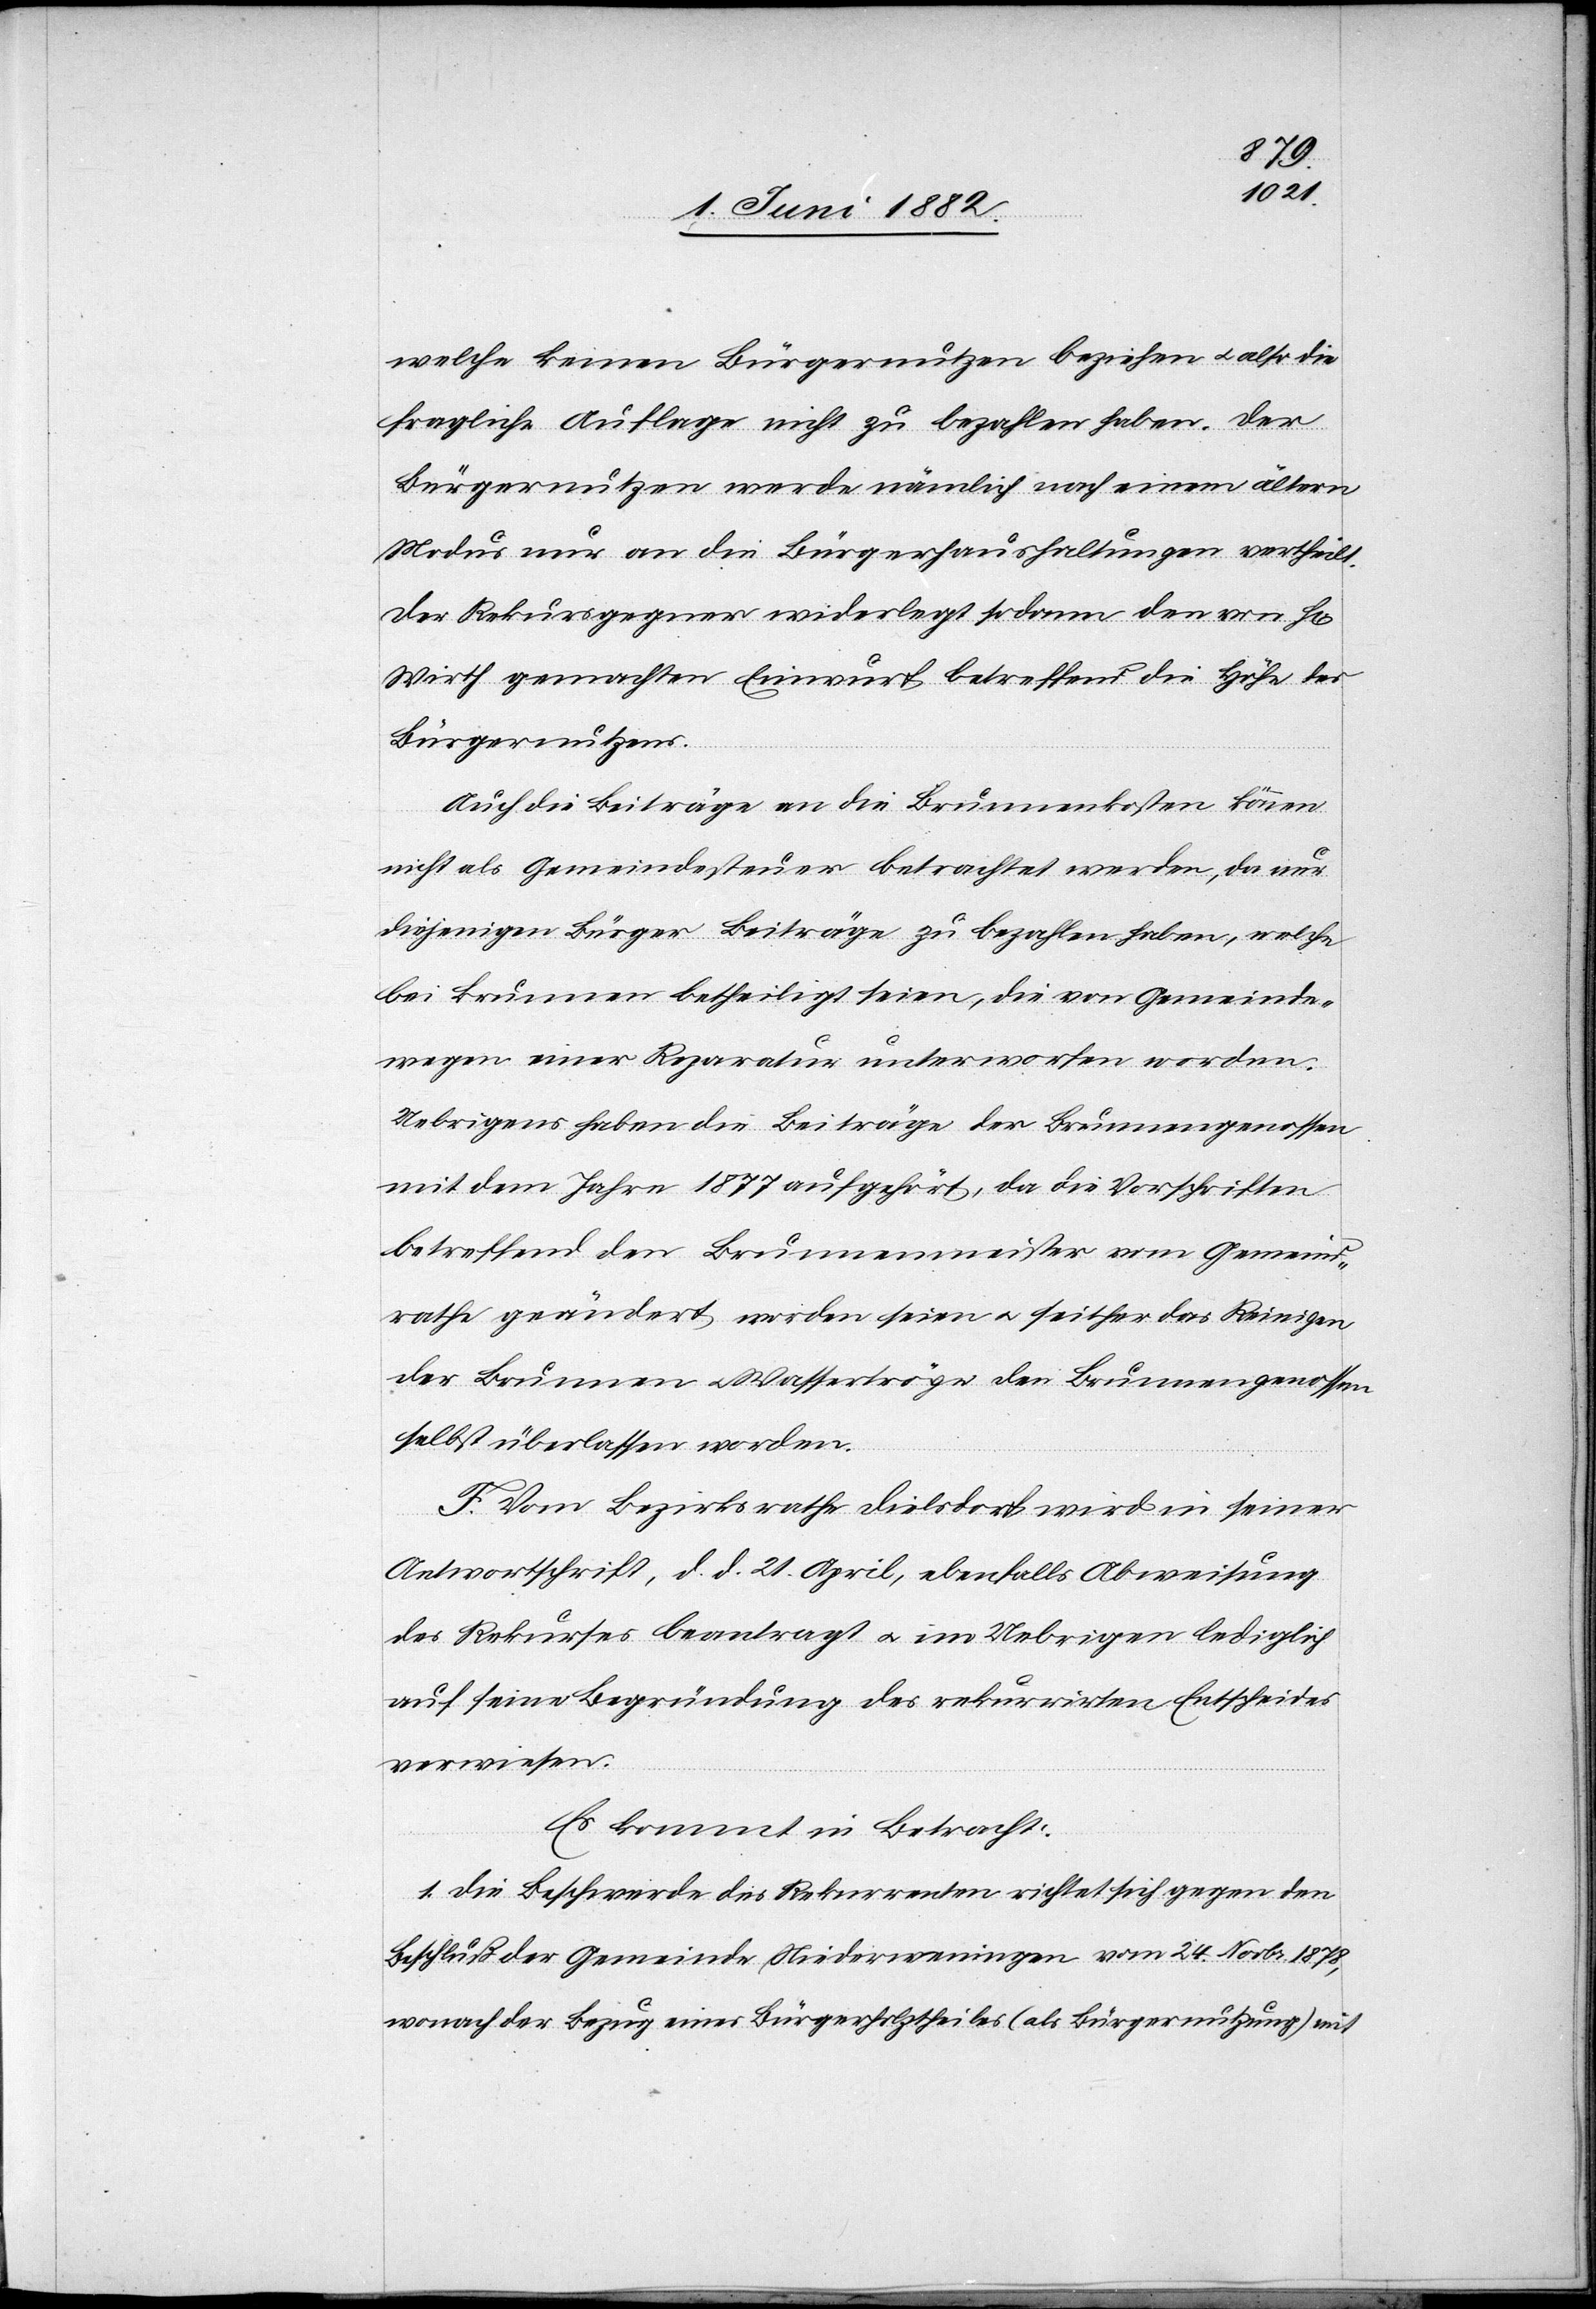
welche keinen Bürgernutzen beziehen u. also die
fragliche Auflage nicht zu bezahlen haben. Der
Bürgernutzen werde nämlich nach einem ältern
Modus nur an die Bürgerhaushaltungen vertheilt.
Der Rekursgegner widerlegt sodann den von H[rn].
Wirth gemachten Einwurf betreffend die Höhe des
Bürgernutzens.
Auch die Beiträge an die Brunnenkosten können
nicht als Gemeindesteuer betrachtet werden, da nur
diejenigen Bürger Beiträge zu bezahlen haben, welche
bei Brunnen betheiligt seien, die von Gemeinde¬
wegen einer Reparatur unterworfen worden.
Uebrigens haben die Beiträge der Brunnengenossen
mit dem Jahre 1877 aufgehört, da die Vorschriften
betreffend den Brunnenmeister vom Gemeind¬
rathe geändert worden seien u. seither das Reinigen
der Brunnen u. Wassertröge den Brunnengenossen
selbst überlassen worden.
F. Vom Bezirksrathe Dielsdorf wird in seiner
Antwortschrift, d. d. 21. April, ebenfalls Abweisung
des Rekurses beantragt u. im Uebrigen lediglich
auf seine Begründung des rekurrirten Entscheides
verwiesen.
Es kommt in Betracht:
1. Die Beschwerde des Rekurrenten richtet sich gegen den
Beschluß der Gemeinde Niederweningen vom 24. Novbr. 1878,
wonach der Bezug eines Bürgerholztheiles (als Bürgernutzung) mit